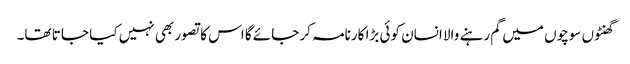
گھنٹوں سوچوں میں گم رہنے والا انسان کوئی بڑا کارنامہ کر جائے گا اس کا تصور بھی نہیں کیا جا تا تھا۔